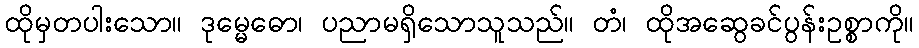
ထိုမှတပါးသော။ ဒုမ္မေဓော၊ ပညာမရှိသောသူသည်။ တံ၊ ထိုအဆွေခင်ပွန်းဥစ္စာကို။